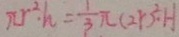
\pi r ^ { 2 } \cdot h = \frac { 1 } { 3 } \pi ( 2 r ) ^ { 2 } \cdot H